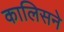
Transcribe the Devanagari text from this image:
कालिसने